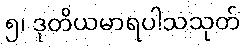
၅၊ ဒုတိယမာရပါသသုတ်